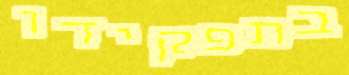
בתפקידו